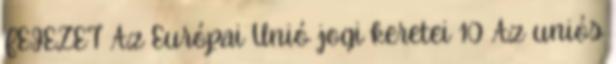
FEJEZET Az Európai Unió jogi keretei 10 Az uniós